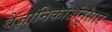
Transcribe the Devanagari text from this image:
वैज्ञानिकोअंनुसार